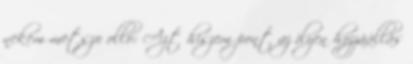
nekem metszo ollo: Azt hiszem pont az ilyen hozzáállás